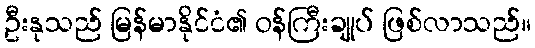
ဦးနုသည် မြန်မာနိုင်ငံ၏ ဝန်ကြီးချုပ် ဖြစ်လာသည်။